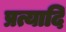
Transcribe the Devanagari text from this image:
प्रत्यादि